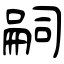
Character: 嗣